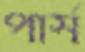
পার্স